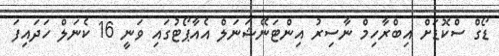
ޑޯގް ސްކޮޑަށް އިބްރާހިމް ނާސިރު އިންޓަނޭޝަނަލް އެއާޕޯޓުގައި ވަނީ 16 ކެނަލް ހަދައިފަ